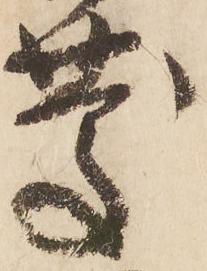
慶